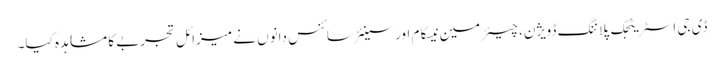
ڈی جی اسٹریٹجک پلاننگ ڈویژن، چیئرمین نیسکام اور سینئر سائنس دانوں نے میزائل تجربے کا مشاہدہ کیا۔